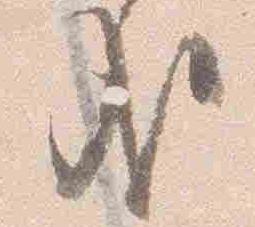
哉